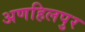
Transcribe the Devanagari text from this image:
अणहिलपुर